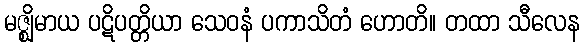
မဇ္ဈိမာယ ပဋိပတ္တိယာ သေဝနံ ပကာသိတံ ဟောတိ။ တထာ သီလေန